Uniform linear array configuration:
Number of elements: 8
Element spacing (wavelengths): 0.75
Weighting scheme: blackman
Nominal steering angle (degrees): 0
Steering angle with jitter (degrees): -0.9513
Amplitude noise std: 0.05
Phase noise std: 0.05

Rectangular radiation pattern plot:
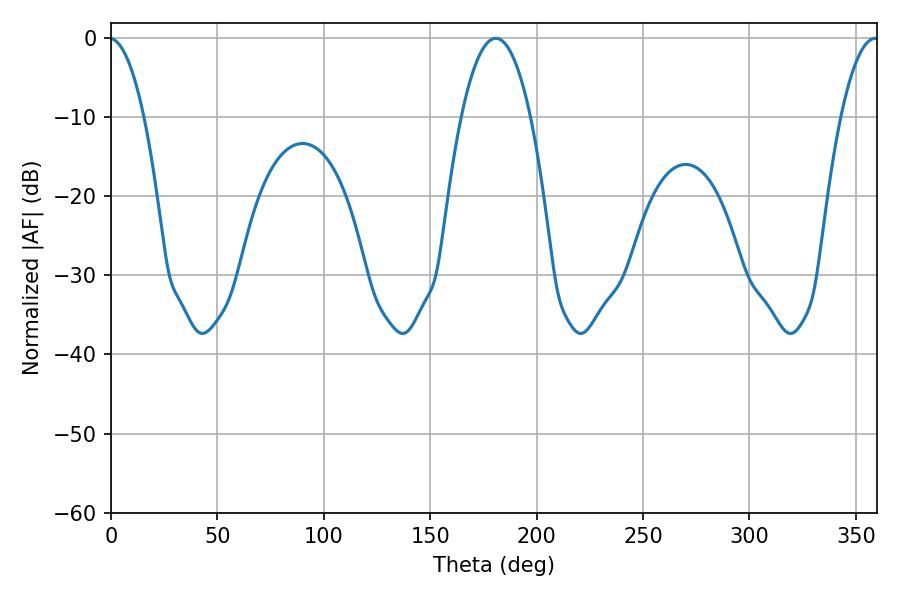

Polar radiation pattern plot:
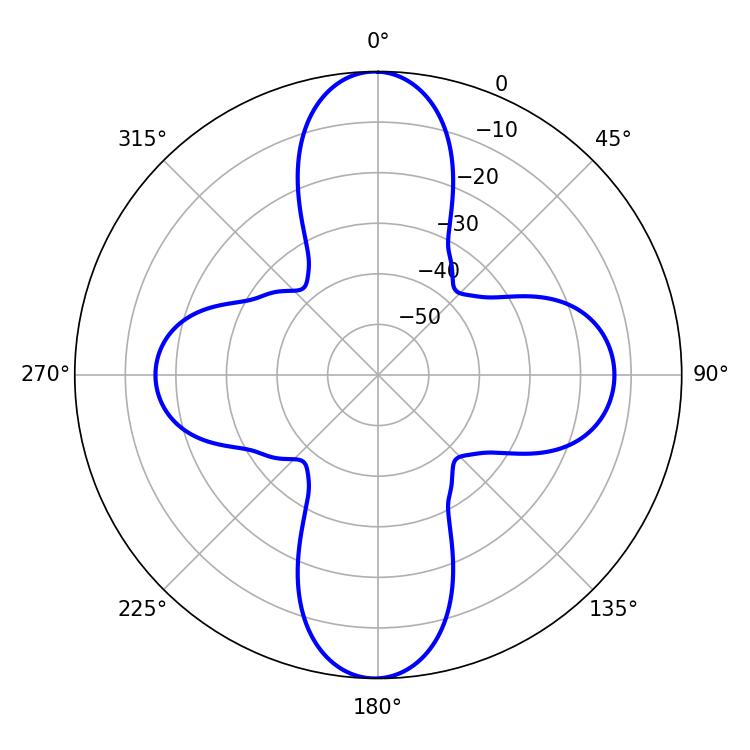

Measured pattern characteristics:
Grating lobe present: TRUE
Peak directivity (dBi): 30.694
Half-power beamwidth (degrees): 18.18
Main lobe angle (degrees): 180.72